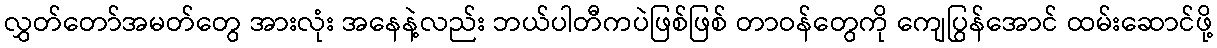
လွှတ်တော်အမတ်တွေ အားလုံး အနေနဲ့လည်း ဘယ်ပါတီကပဲဖြစ်ဖြစ် တာဝန်တွေကို ကျေပြွန်အောင် ထမ်းဆောင်ဖို့